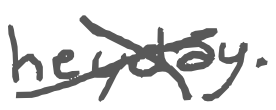
Text: heyday.
Cross-out: cross
Writing tool: digital_gray